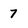
Character: 7